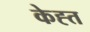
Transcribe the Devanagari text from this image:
केह्त